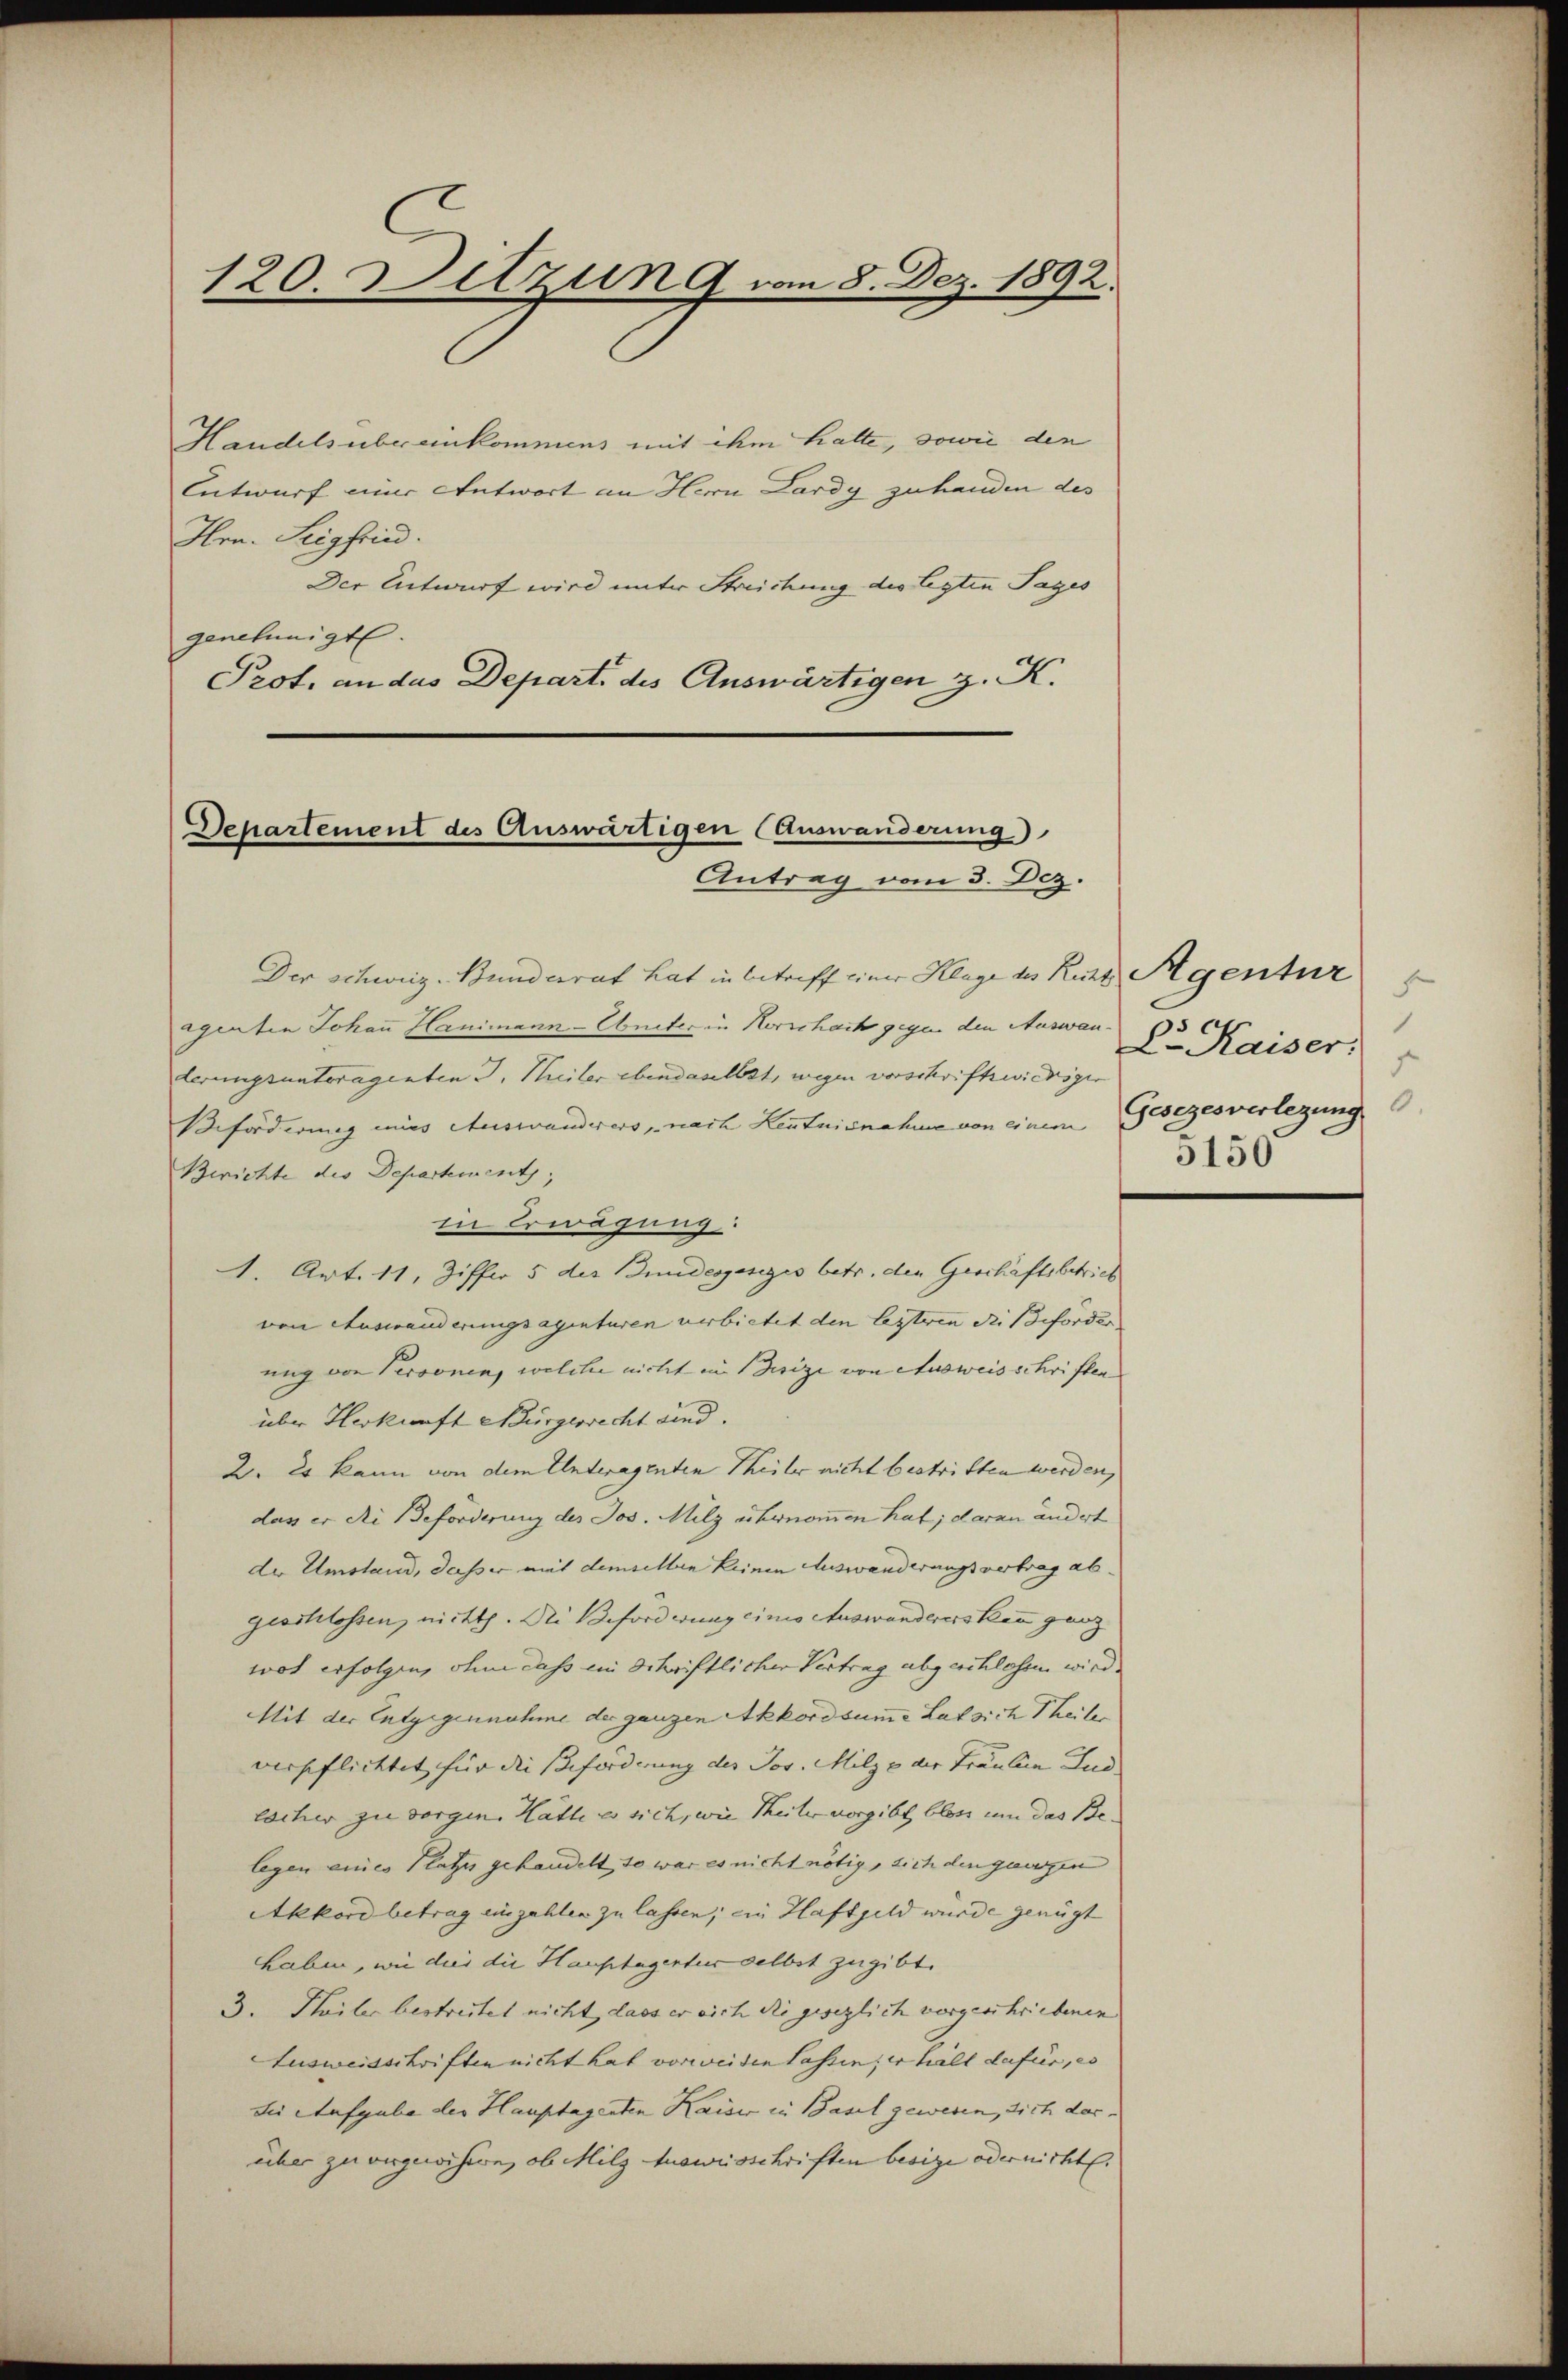
120. Delzung vom 8. Dez. 1892.

Handelsübereinkommens mit ihm hatte, sowie den
Entwurf einer Antwort an Hern Lardy zu handen des
Hrn. Seigfried.
Der Entwurf wird unter Streichung des legten Tages
genehmigt.
Prot. an das Depart des Auswärtigen z. K.

Departement des Auswärtigen (Auswanderung)
Antrag vom 3. Dez.

f
1
Dr. Kaiser:
d
Gesezesverlegung
5150

Der Schweiz. Bunderrat hat in betreff einer Klage des Kurz Agentur
agenten Johann Hanimann-Unter in Horschait gegen den Auswanderungsunteragenten d. Meiler ebendaselbst, wegen vorschriftwidriger
Beforderung mies Auswanderers, nach Kenntnisnahme von einem
Berichte des Departement,
in Erwägung.
1. Art. 11, Ziffer 5 des Indesgesezes betr. den Geschäftsbetrieb
von Auswanderungsagenturen verbietet den lezten die Beförder
ung von Personen, welcher nicht in Besize von Ausweisschriften
über Herkunft Nürgerrecht sind.
2. Es kann von dem Unteragenten Theiler nicht bestritten werden,
das er die Beförderung des Jos. Milz übernommen hat; daran andert
der Umstand, daß er mit demselben keinen Auswanderungsvertrag abgeschlossen, nicht. Die Beförderung einio Auswanderersten ganz
wol erfolgen, ohne dass im Schriftlicher Vertrag abgeschlossen wird.
MMit der Entgegennahme der ganzen Akkordsumme Lat sich Theile
verseflichtet für die Beförderung des Jos. Milze der Fräulein Lud
locher zu sorgen. Hätte es sich, wie Theiler vorgibt, bloss um das Belegen eines Platzes gehandelt, so war es nicht nötig, sich den ganzen
Akkord betrag einzahlen zu lassen; ein Haftgeld wurde genügt
haben, wie dies die Hauptagentur selbst zugibt.
3. Theiler bestreitet nicht, dass er sich die gesezlich vorgeschriebenen
Ausweisschriften nicht hat vorweiten lassen; er hält dafür, es
die Aufgabe der Hauptagenten Kaiser in Basel gewesen, sich dar-
über zu vergeoisiren, ob Milz Ausweisschriften besige oder nicht.